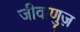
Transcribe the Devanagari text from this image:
जीवाणुज़